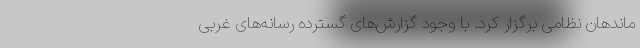
ماندهان نظامی برگزار کرد. با وجود گزارش‌های گسترده رسانه‌های غربی